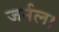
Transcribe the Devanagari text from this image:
जर्नल।